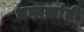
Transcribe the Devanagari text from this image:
धम्मक्रांती